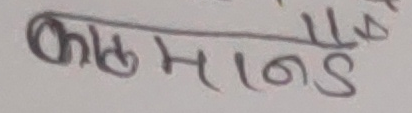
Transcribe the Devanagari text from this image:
कालमाण्ड